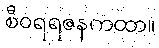
စီဝရရဇနကထာ။